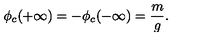
\phi _ { c } ( + \infty ) = - \phi _ { c } ( - \infty ) = \frac { m } { g } .